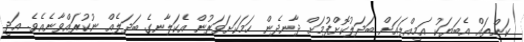
ކަންތައް އެބަޔަކު އަމިއްލައަށް ބަދަލުކޮށްފުމަށް ދާނދެން ހަމަކަށަވަރުން އެކަލާނގެ ބަދަލެއް ނުކުރައްވާނެއެވެ. އަދި